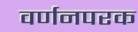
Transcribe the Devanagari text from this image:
वर्णनपरक